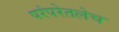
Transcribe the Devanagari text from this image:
परंपरेतलेच